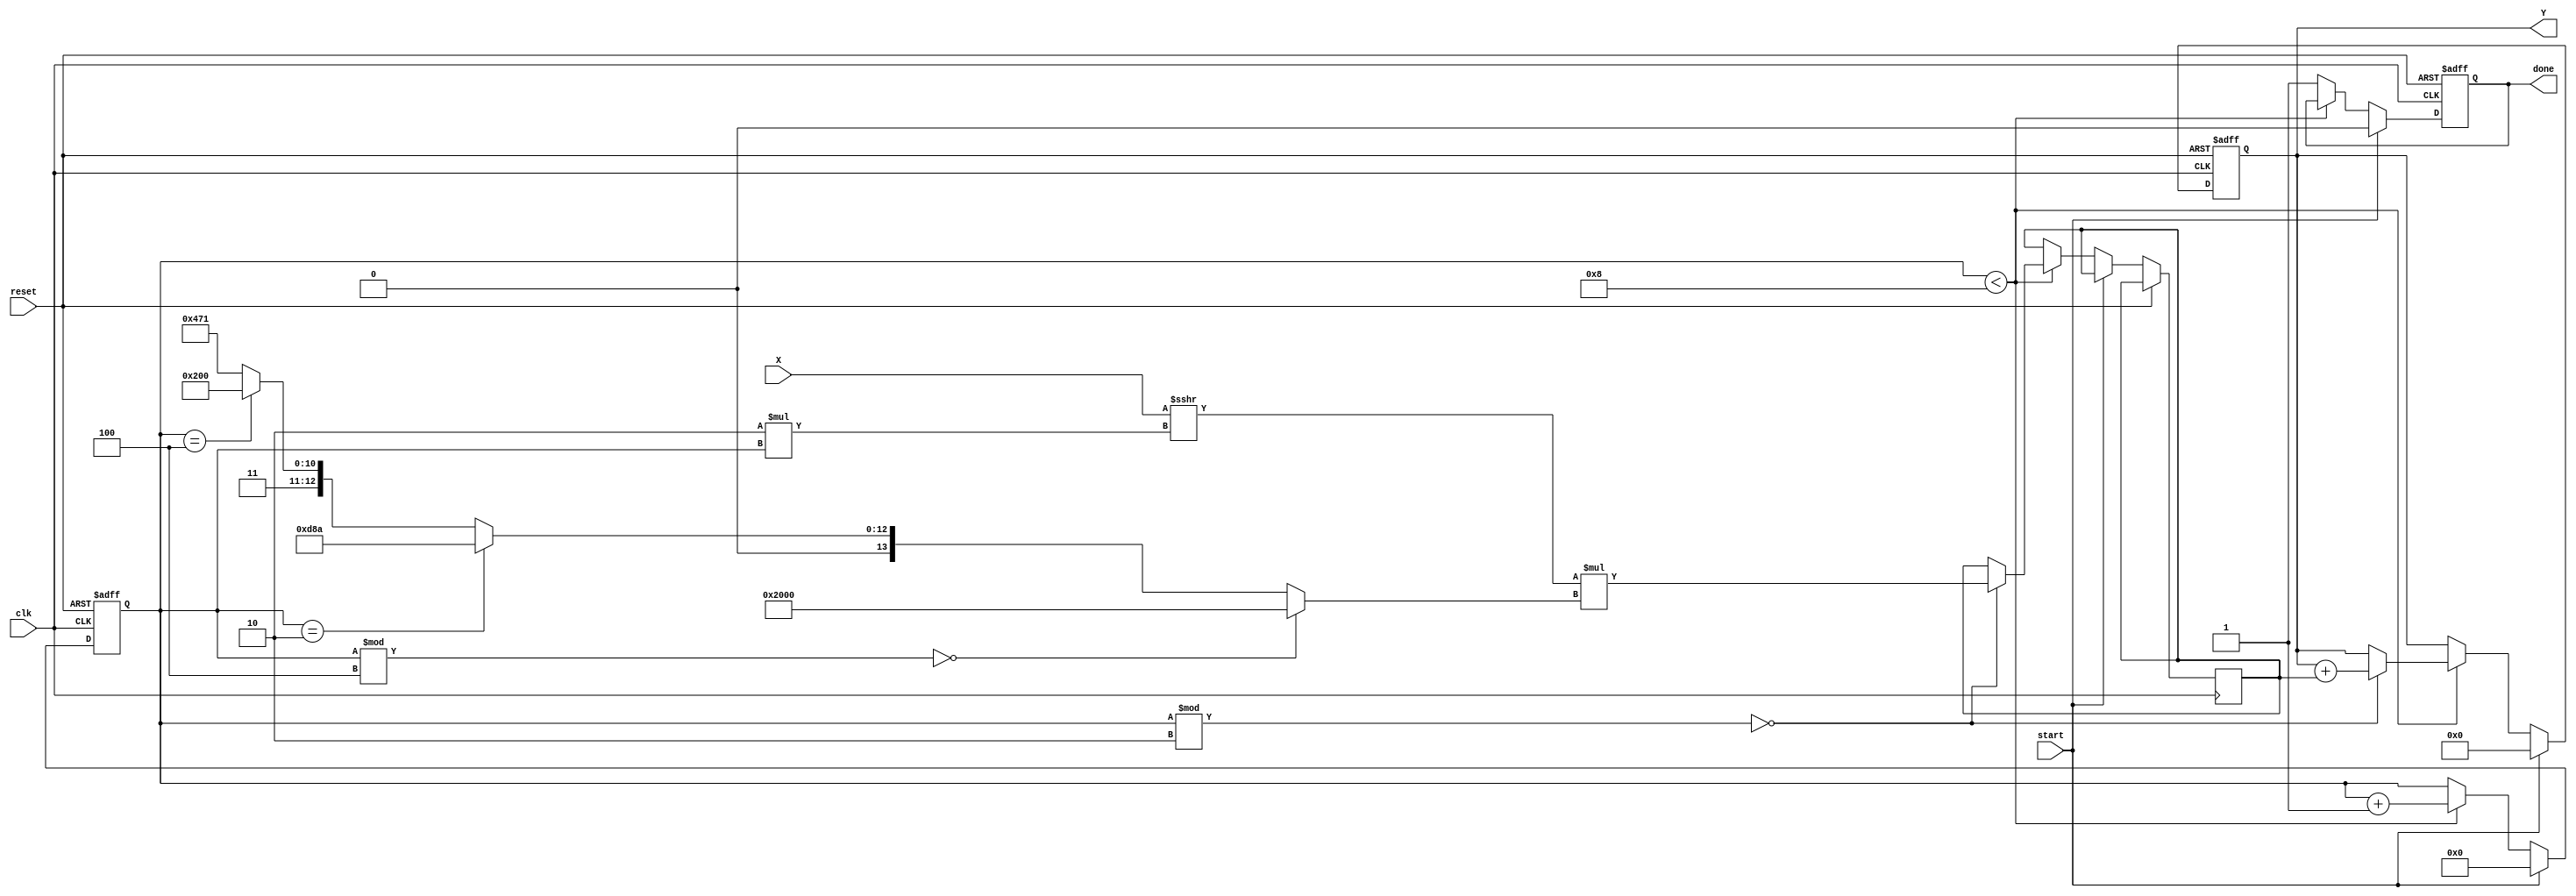
module atan (
    input wire clk,
    input wire reset,
    input wire [15:0] X, // Fixed-point input (16-bit, can be adjusted)
    output reg [15:0] Y, // Fixed-point output (angle in radians)
    input wire start,
    output reg done
);

    // Define constants for the Taylor series coefficients
    parameter C0 = 16'h2000; // 0.5 in fixed-point
    parameter C1 = 16'h0000; // 0 in fixed-point
    parameter C2 = 16'h0D8A; // 1/3 in fixed-point
    parameter C3 = 16'h0000; // 0 in fixed-point
    parameter C4 = 16'h1A00; // 1/5 in fixed-point
    parameter C5 = 16'h0000; // 0 in fixed-point
    parameter C6 = 16'h1C71; // 1/7 in fixed-point
    parameter C7 = 16'h0000; // 0 in fixed-point

    reg [15:0] x_squared;
    reg [15:0] term;
    reg [3:0] count;

    always @(posedge clk or posedge reset) begin
        if (reset) begin
            Y <= 16'h0000;     // Initialize output
            done <= 1'b0;     // Reset done signal
            count <= 0;       // Reset counter
        end else if (start) begin
            // Reset conditions for the computation
            Y <= 16'h0000;     // Initialize output
            done <= 1'b0;     // Reset done signal
            count <= 0;       // Reset counter
            x_squared <= X * X; // Calculate X^2
        end else if (count < 8) begin
            // Calculate the next term of Taylor series
            if (count % 2 == 0) begin
                term <= (X >>> (2 * count)) * (count % 4 == 0 ? C0 : (count == 2 ? C2 : (count == 4 ? C4 : C6)));
                Y <= Y + term; // Add term to output
            end
            count <= count + 1; // Increment counter
        end else begin
            done <= 1'b1; // Finished computation
        end
    end

endmodule